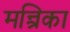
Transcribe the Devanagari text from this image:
मन्त्रिका